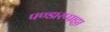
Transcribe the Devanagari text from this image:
पण्डारप्पाट्टा